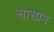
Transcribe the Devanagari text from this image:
सासान